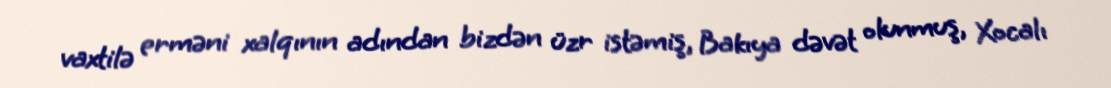
vaxtilə erməni xalqının adından bizdən üzr istəmiş, Bakıya dəvət olunmuş, Xocalı